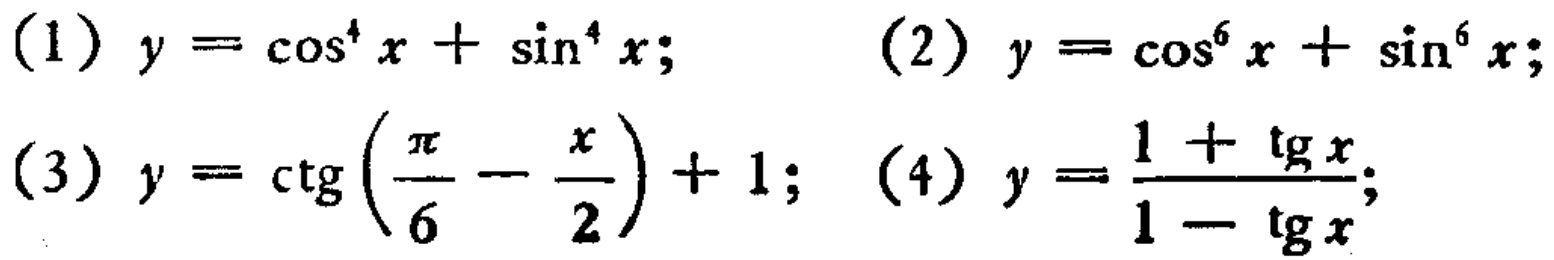
(1) \(y = \cos^{4}x+\sin^{4}x\); (2) \(y = \cos^{6}x+\sin^{6}x\);

(3) \(y = \mathrm{ctg}\left(\frac{\pi}{6}-\frac{x}{2}\right)+1\); (4) \(y = \frac{1 + \mathrm{tg}x}{1-\mathrm{tg}x}\);